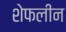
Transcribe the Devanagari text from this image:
शेफलीन